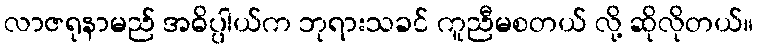
လာဇရုနာမည် အဓိပ္ပါယ်က ဘုရားသခင် ကူညီမစတယ် လို့ ဆိုလိုတယ်။